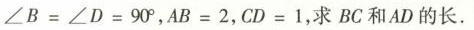
∠B=∠D=90°，AB=2，CD=1，求BC和AD的长。